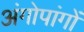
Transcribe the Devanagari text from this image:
अंगोपांगों